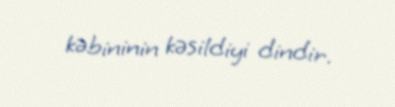
kəbininin kəsildiyi dindir.